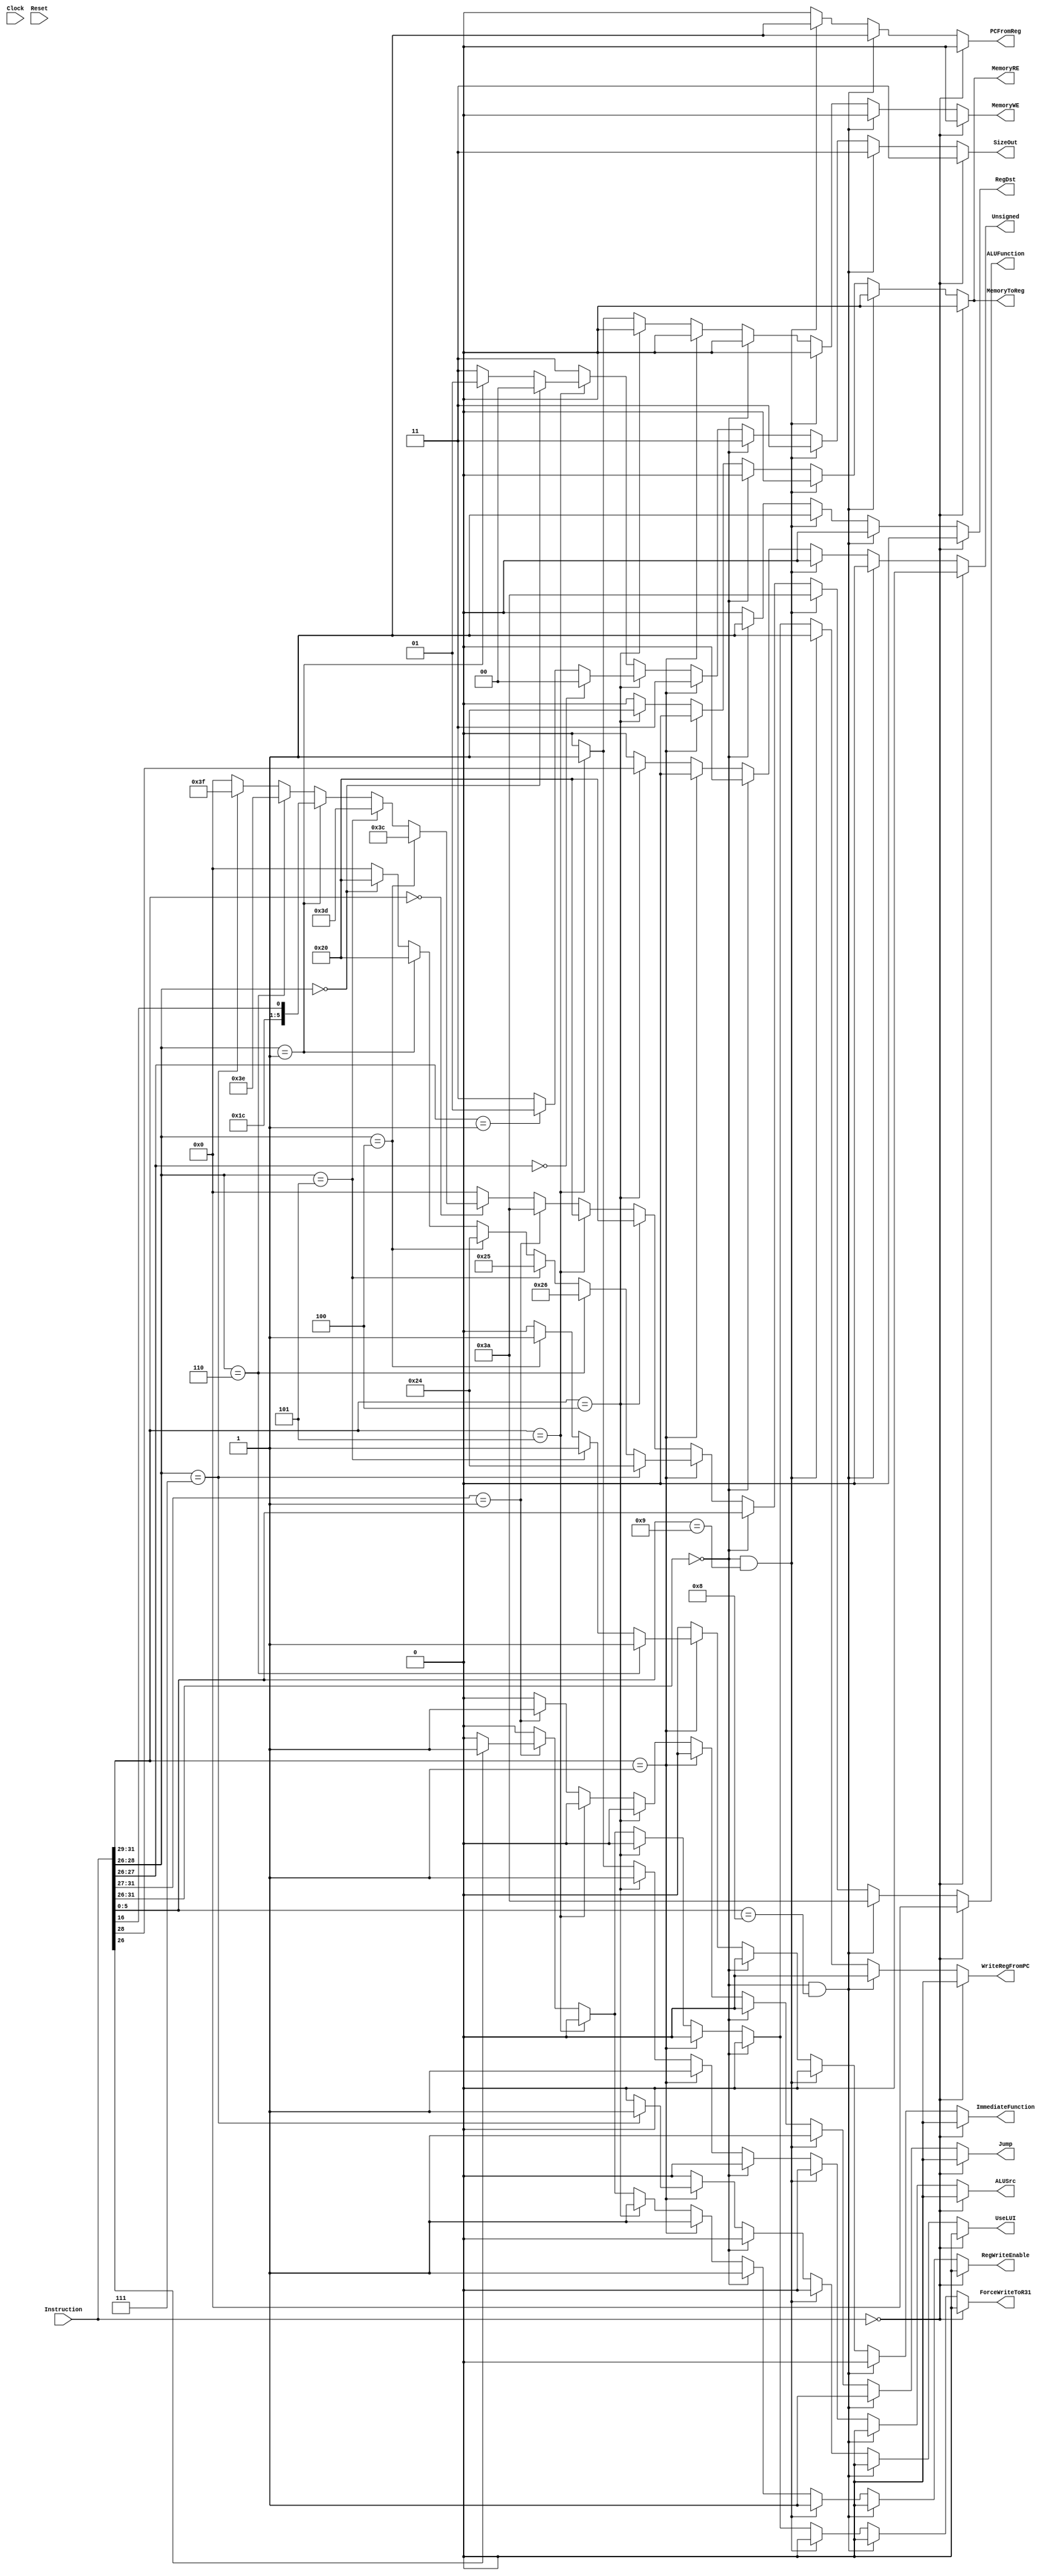
module control (
	input Clock,
	input Reset,
	input [31:0] Instruction,
	
	output reg RegDst,
	output reg RegWriteEnable,  // controls write on reg_file
	output reg ALUSrc,				// controls ALUMux
	output reg [5:0] ALUFunction,		// controls ALU Func_in
	output reg MemoryRE,
	output reg MemoryWE,
	output reg MemoryToReg,
	output reg Jump,
	output reg PCFromReg, // When 1: write from register to PC.
	output reg WriteRegFromPC,
	output reg ForceWriteToR31,
	output reg [1:0] SizeOut,
	output reg Unsigned,
	output reg ImmediateFunction,
	output reg UseLUI
);

always @(*) begin
	
		RegDst = 1'b0;
		RegWriteEnable = 1'b0;
		ALUSrc = 1'b0;
		ALUFunction = 6'b000000;
		MemoryRE = 1'b0;
		MemoryWE = 1'b0;
		MemoryToReg = 1'b0;
		Jump = 1'b0;
		
		PCFromReg = 1'b0;
		WriteRegFromPC = 1'b0;
		ForceWriteToR31 = 1'b0;
		SizeOut = 2'b11;
		Unsigned = 1'b0;
		ImmediateFunction = 1'b0; // default sign exten
		UseLUI = 1'b0;
	
	// NoOp
	if (Instruction == 32'b0) begin
		RegDst = 1'b0;
		RegWriteEnable = 1'b0;
		ALUSrc = 1'b0;
		ALUFunction = 6'b000000;
		MemoryRE = 1'b0;
		MemoryWE = 1'b0;
		MemoryToReg = 1'b0;
		Jump = 1'b0;
		
		PCFromReg = 1'b0; 
		WriteRegFromPC = 1'b0;
		ForceWriteToR31 = 1'b0;
	end
	
	// JR
	else if (Instruction[31:26] == 6'b000000 && Instruction[5:0] == 6'b001000) begin
		RegDst = 1'b0;
		ALUSrc = 1'b0;
		ALUFunction = 6'b111010;
		MemoryRE = 1'b0;
		MemoryWE = 1'b0;
		MemoryToReg = 1'b0;
		Jump = 1'b1;
		PCFromReg = 1'b1;
	end
	
		// JALR
	else if (Instruction[31:26] == 6'b000000 && Instruction[5:0] == 6'b001001) begin
		RegWriteEnable =1'b1;
		RegDst = 1'b1;
		ALUSrc = 1'b0;
		ALUFunction = 6'b111010;
		MemoryRE = 1'b0;
		MemoryWE = 1'b0;
		MemoryToReg = 1'b0;
		Jump = 1'b1;
		PCFromReg = 1'b1;
		WriteRegFromPC = 1'b1;
	end
	
	// Simple alu operations
	else if (Instruction[31:26] == 6'b000000) begin 
		RegDst = 1'b1;
		RegWriteEnable = 1'b1;
		ALUSrc = 1'b0;
		ALUFunction = Instruction[5:0];
		MemoryRE = 1'b0;
		MemoryWE = 1'b0;
		MemoryToReg = 1'b0;
		Jump = 1'b0;
		PCFromReg = 1'b0;
		WriteRegFromPC = 1'b0;
		ForceWriteToR31 = 1'b0;
	end
	
	// Immediates.
	else if (Instruction[31:29] == 3'b001) begin
	
		RegDst = 1'b0;
		RegWriteEnable = 1'b1;
		ALUSrc = 1'b1;
		MemoryRE = 1'b0;
		MemoryWE = 1'b0;
		MemoryToReg = 1'b0;
		Jump = 1'b0;
		PCFromReg = 1'b0;
		WriteRegFromPC = 1'b0;
		ForceWriteToR31 = 1'b0;
		
		// addi
		if(Instruction[28:26] == 3'b000) begin
			ALUFunction = 6'b100000;
		end
		
		// addiu
		if(Instruction[28:26] == 3'b001) begin
			ALUFunction = 6'b100000;
		end
		
		// andi
		if(Instruction[28:26] == 3'b100) begin
			ALUFunction = 6'b100100;
			ImmediateFunction = 1'b1;
		end
		
		// ori
		if(Instruction[28:26] == 3'b101) begin
			ALUFunction = 6'b100101;
			ImmediateFunction = 1'b1;
		end
		
		// xori
		if(Instruction[28:26] == 3'b110) begin
			ALUFunction = 6'b100110;
			ImmediateFunction = 1'b1;
		end
		
		// lui
		if(Instruction[28:26] == 3'b111) begin
			ALUFunction = 6'b100100; // AND
			UseLUI = 1'b1;
		end
		
	end
	
	// Load
	else if (Instruction[31:29] == 3'b100) begin
		RegDst = 1'b0;
		RegWriteEnable =1'b1;
		ALUSrc = 1'b1;
		ALUFunction = 6'b100000;
		MemoryRE = 1'b1;
		MemoryWE = 1'b0;
		MemoryToReg = 1'b1;
		Jump = 1'b0;
		
		PCFromReg = 1'b0;
		WriteRegFromPC = 1'b0;
		ForceWriteToR31 = 1'b0;
		Unsigned = Instruction[28];
		
		// LB/LBU
		if (Instruction[27:26] == 2'b00) begin
			SizeOut = 2'b00;
		end
		
		// LH/LHU
		else if (Instruction[27:26] == 2'b01) begin 
			SizeOut = 2'b01;
		end
		
		
	end
	
	// SAVE
	else if (Instruction[31:29] == 3'b101) begin
		RegDst = 1'b0;
		RegWriteEnable =1'b0;
		ALUSrc = 1'b1;
		ALUFunction = 6'b100000;
		MemoryRE = 1'b0;
		MemoryWE = 1'b1;
		MemoryToReg = 1'b0;
		
		// SB save byte
		if (Instruction[28:26] == 3'b000) begin
			SizeOut = 2'b00;
		end
		
		// SH save half
		else if (Instruction[28:26] == 3'b001) begin
			SizeOut = 2'b01;
		end
		
	end
	
		// J and JAL
	else if (Instruction[31:27] == 5'b00001) begin
		RegDst = 1'b0;
		ALUSrc = 1'b0;
		ALUFunction = 6'b111010;
		MemoryRE = 1'b0;
		MemoryWE = 1'b0;
		MemoryToReg = 1'b0;
		Jump = 1'b1;
		PCFromReg = 1'b0;
		
		// JAL
		if (Instruction[26] == 1'b1) begin
			RegWriteEnable =1'b1;
			ForceWriteToR31 = 1'b1;
			WriteRegFromPC = 1'b1;
			
		end
		// J
		else begin
			RegWriteEnable =1'b0;
		end
	end
	
	// Branch
	else if (Instruction[31:29] == 3'b000) begin
		RegDst = 1'b0;
		RegWriteEnable = 1'b0;
		ALUSrc = 1'b0;
		MemoryRE = 1'b0;
		MemoryWE = 1'b0;
		MemoryToReg = 1'b0;
		Jump = 1'b0;
		
		PCFromReg = 1'b0;
		WriteRegFromPC = 1'b0;
		ForceWriteToR31 = 1'b0;
		
		// BEQ
		if (Instruction[28:26] == 3'b100) begin 
			ALUFunction = 6'b111100;
		end
		// BNE
		else if (Instruction[28:26] == 3'b101) begin
			ALUFunction = 6'b111101;			
		end
		// BLTZ and BGEZ
		else if(Instruction[28:26] == 3'b001) begin
			ALUFunction = {5'b11100, Instruction[16]};
		end
		// BLEZ
		else if (Instruction[28:26] == 3'b110) begin
			ALUFunction = 6'b111110;
		end
		// BGTZ
		else if (Instruction[28:26] == 3'b111)	begin
			ALUFunction = 6'b111111;
		end
	end
		
end

endmodule